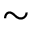
\sim